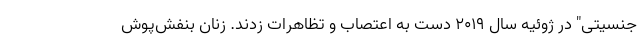
جنسیتی" در ژوئیه سال 2019 دست به اعتصاب و تظاهرات زدند. زنان بنفش‌پوش